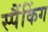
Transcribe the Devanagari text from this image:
स्पैंकिंग